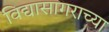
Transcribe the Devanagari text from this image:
विद्यासागराच्या